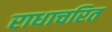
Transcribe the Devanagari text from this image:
राधाचरित